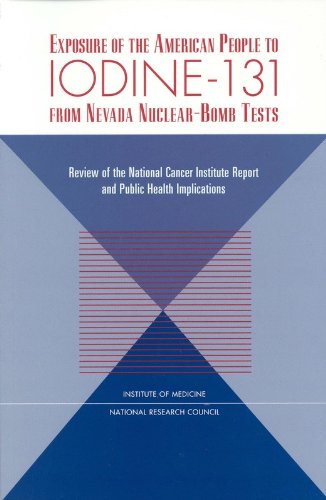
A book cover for Exposure of the American People to Iodine-131 from Nevada Nuclear-Bomb Tests:: Review of the National Cancer Institute Report and Public Health Implications; Commission on Life Sciences; Science & Math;